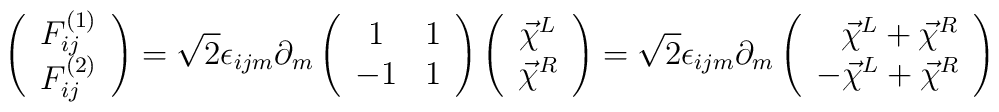
\left(\begin{array}{c} F^{(1)}_{ij}\\ F^{(2)}_{ij} \end{array} \right) =\sqrt{2} \epsilon_{ijm}\partial_m \left(\begin{array}{cc} 1 & 1\\-1 & 1 \end{array} \right)\left(\begin{array}{c} \vec{\chi}^L \\\vec{\chi}^R \end{array}\right)= \sqrt{2} \epsilon_{ijm}\partial_m \left(\begin{array}{c} \hskip 0.3 cm \vec{\chi}^L+  \vec{\chi}^R \\-\vec{\chi}^L +\vec{\chi}^R \end{array}\right)